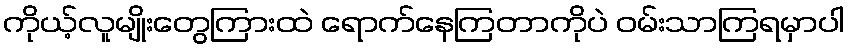
ကိုယ့်လူမျိုးတွေကြားထဲ ရောက်နေကြတာကိုပဲ ဝမ်းသာကြရမှာပါ